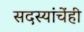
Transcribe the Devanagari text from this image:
सदस्यांचेंही